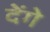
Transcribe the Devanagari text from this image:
देेंगे